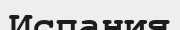
Испания